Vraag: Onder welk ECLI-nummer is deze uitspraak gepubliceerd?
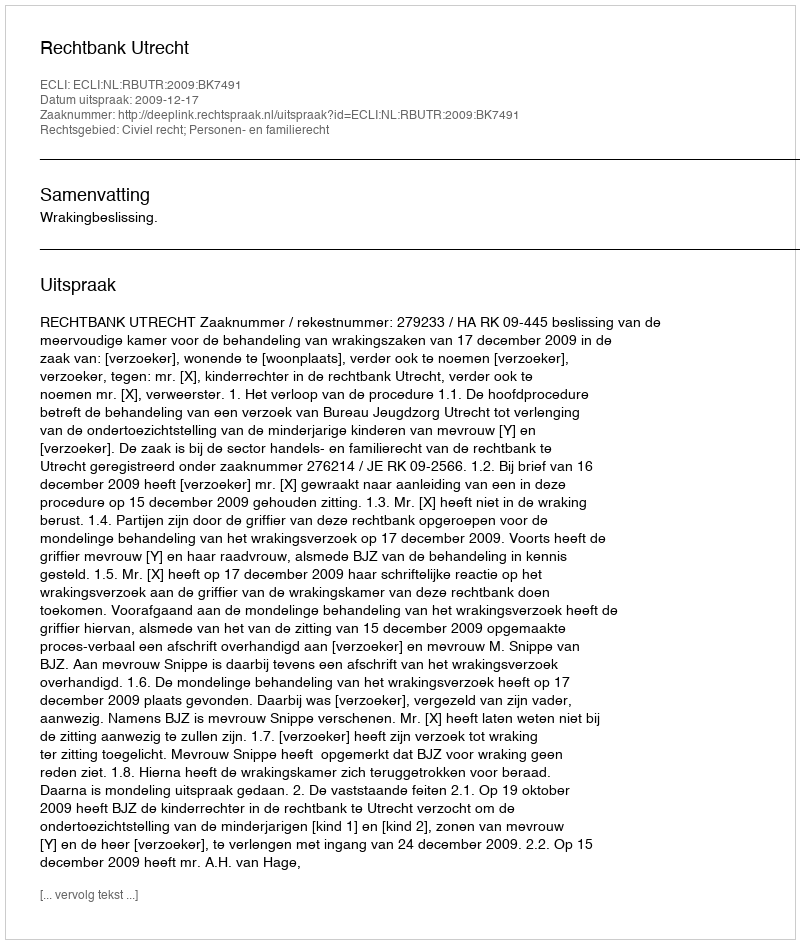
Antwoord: ECLI:NL:RBUTR:2009:BK7491